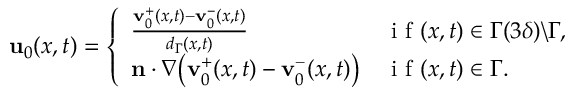
\begin{array} { r } { \mathbf { u } _ { 0 } ( x , t ) = \left\{ \begin{array} { l l } { \frac { \mathbf { v } _ { 0 } ^ { + } ( x , t ) - \mathbf { v } _ { 0 } ^ { - } ( x , t ) } { d _ { \Gamma } ( x , t ) } } & { \mathrm { ~ i ~ f ~ } ( x , t ) \in \Gamma ( 3 \delta ) \backslash \Gamma , } \\ { \mathbf { n } \cdot \nabla \big ( \mathbf { v } _ { 0 } ^ { + } ( x , t ) - \mathbf { v } _ { 0 } ^ { - } ( x , t ) \big ) } & { \mathrm { ~ i ~ f ~ } ( x , t ) \in \Gamma . } \end{array} \right. } \end{array}